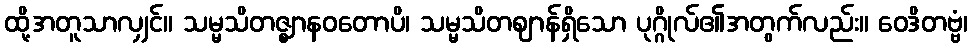
ထို့အတူသာလျှင်။ သမ္မသိတဇ္ဈာနဝတောပိ၊ သမ္မသိတဈာန်ရှိသော ပုဂ္ဂိုလ်၏အတွက်လည်း။ ဝေဒိတဗ္ဗံ၊